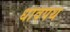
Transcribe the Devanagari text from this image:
धावपथ